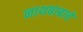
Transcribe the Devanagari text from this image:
नाथबाबाचे